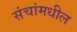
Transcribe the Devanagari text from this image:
संचांमधील